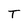
Character: T